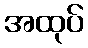
အထုပ်